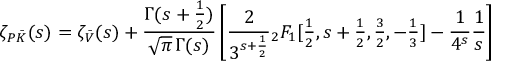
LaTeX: { \zeta _ { P \bar { \cal K } } } ( s ) = \zeta _ { \bar { \cal V } } ( s ) + \frac { \Gamma ( s + \frac { 1 } { 2 } ) } { \sqrt { \pi } \, \Gamma ( s ) } \left[ \frac { 2 } { 3 ^ { s + \frac { 1 } { 2 } } } { } _ { 2 } F _ { 1 } [ { \textstyle \frac { 1 } { 2 } } , { s + \textstyle \frac { 1 } { 2 } } , { \textstyle \frac { 3 } { 2 } } , - { \textstyle \frac { 1 } { 3 } } ] - \frac { 1 } { 4 ^ { s } } \frac { 1 } { s } \right]